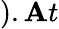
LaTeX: ).\mathbf{A}t